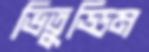
ভিতুড্ডিম